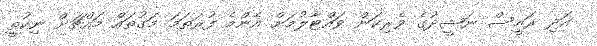
އަދި ރައީސް ނަޝީދުގެ ވެރިކަން ވައްޓާލުމަށް އެންމެ ފުރަތަމަ މަގުތައް މައްޗަށް ނިކުތީ